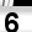
Digit: 6